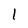
Character: 1